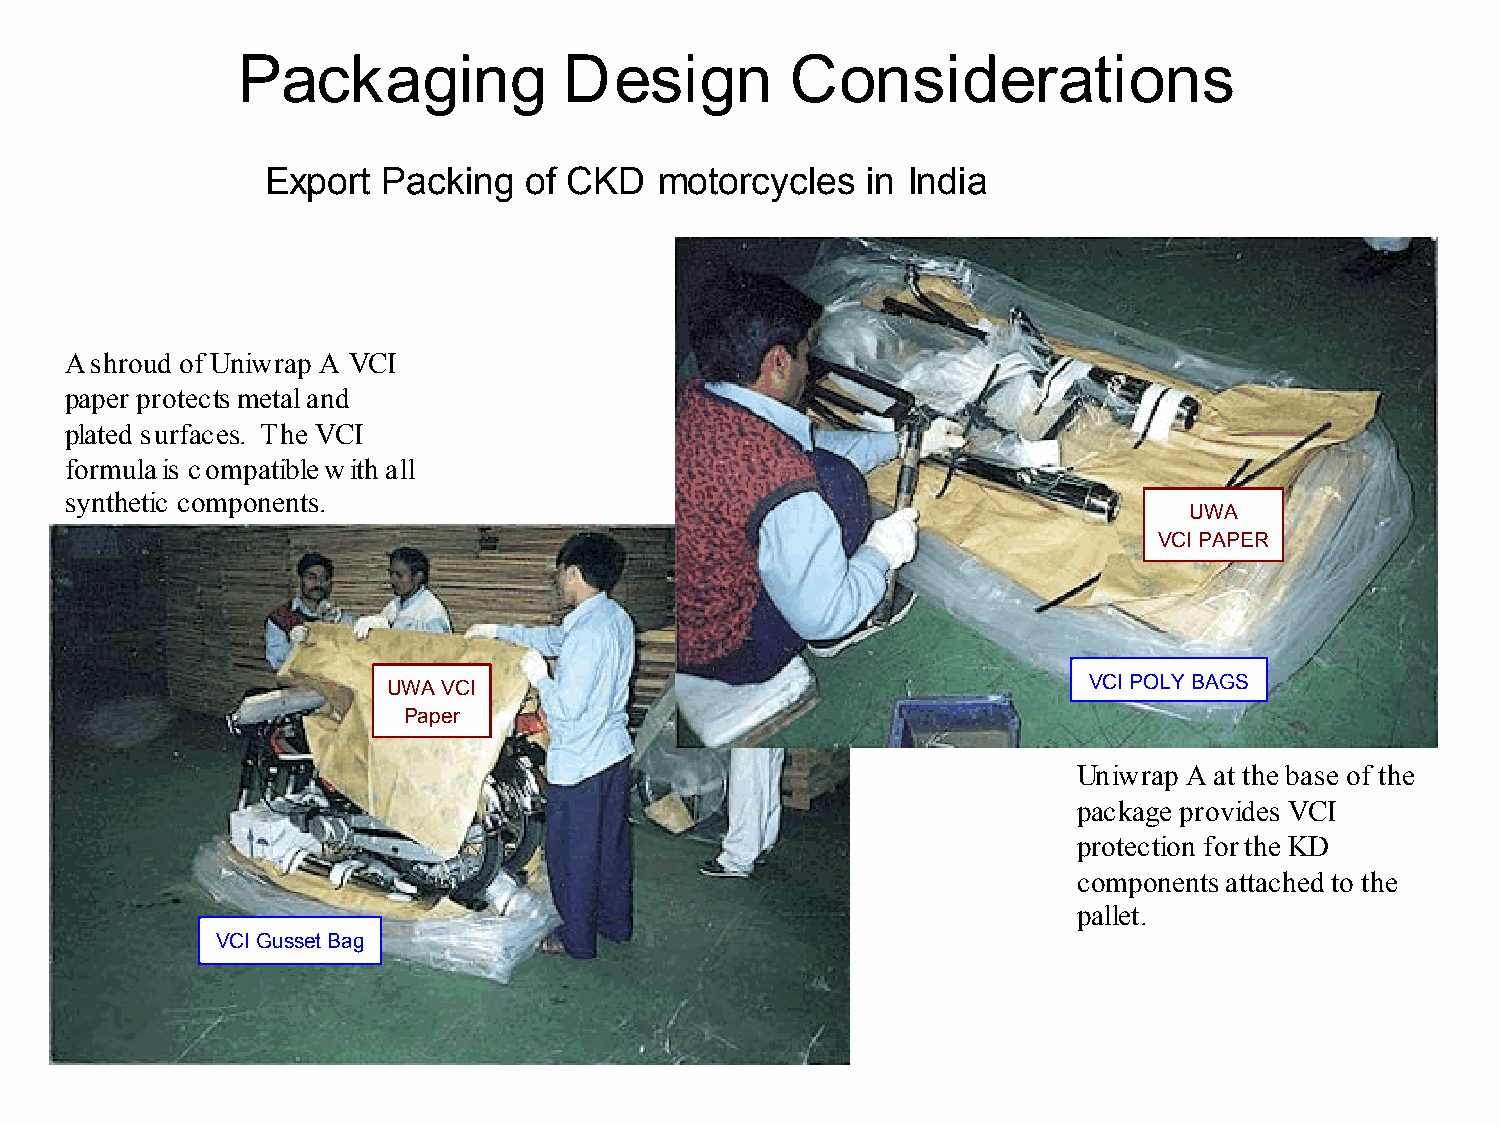
Packaging            Design         Considerations
 Export  Packing   of CKD   motorcycles  in India
 A shroud of Uniwrap A VCI
 paper protects metal and
 plated surfaces. The VCI
 formula is compatible with all
 synthetic components.
 Uniwrap A at the base of the
 package provides VCI
 protection for the KD
 components attached to the
 pallet.